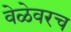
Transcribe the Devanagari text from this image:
वेळेवरच